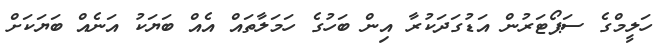
ހަލީމްގެ ސަޕޯޓަރުން އަޑުގަދަކުރާ އިން ބަހުގެ ހަމަލާތައް އެއް ބަޔަކު އަނެއް ބަޔަކަށް